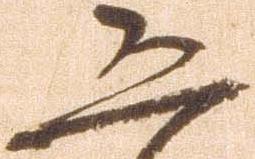
恐